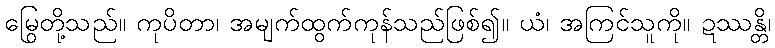
မြွေတို့သည်။ ကုပိတာ၊ အမျက်ထွက်ကုန်သည်ဖြစ်၍။ ယံ၊ အကြင်သူကို။ ဍဿန္တိ၊